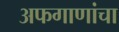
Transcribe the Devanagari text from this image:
अफगाणांचा